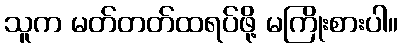
သူက မတ်တတ်ထရပ်ဖို့ မကြိုးစားပါ။